Report on vaccination in the Province of Bengal - 1869-1873
Year: 1869
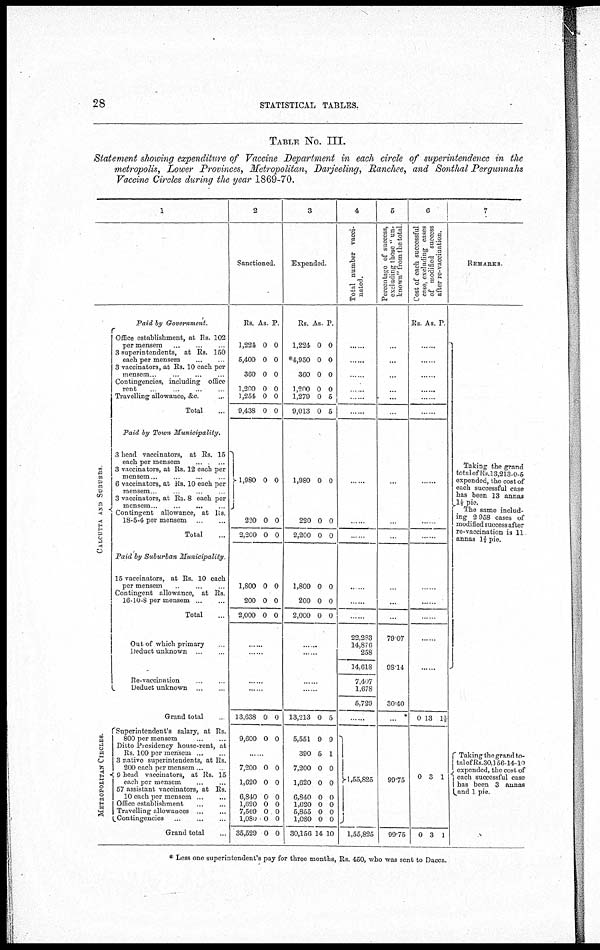
28
STATISTICAL TABLES.
TABLE No. III.
Statement showing expenditure of Vaccine Department in each circle of superintendence in the
metropolis, Lower Provinces, Metropolitan, Darjeeling, Ranchee, and Sonthal Pergunnahs
Vaccine Circles during the year 1869-70.
1
CALCUTTA AND SUBURBS
Paid by Government.
Office establishment, at Rs. 102
per mensem ... ... ...
3 superintendents, at Rs. 150
each per mensem ... ... ...
3 vaccinators, at Rs. 10 each per
mensem ... ... ... ...
Contingencies, including office
rent
...
...
...
...
Travelling allowance, &c. ...
Total ...
Paid by Town
Municipality.
3 head vaccinators, at Rs. 15
each per mensem ... ...
3 vaccinators, at Rs. 12 each per
mensem ... ... ... ...
6 vaccinators, at Rs. 10 each per
mensem ... ... ... ...
3 vaccinators, at Rs. 8 each per
mensem ... ... ... ...
Contingent allowance, at Rs
18-5-4 per mensem ... ...
Total ...
Paid by Suburban Municipality.
15 vaccinators, at Rs. 10 each
per mensem ... ... ...
Contingent allowance, at Rs.
16-10-8 per mensem
...
...
Total ...
Out of which primary ...
Deduct unknown ... ...
Re-vaccination ... ...
Deduct unknown ... ...
Grand total ...
METROPOLITAN CIRCLES.
Superintendent's salary, at Rs.
800 per mensem ... ...
Ditto Presidency house-rent, at
Rs 100 per mensem
...
...
3 native superintendents, at Rs.
200 each per mensem ... ...
9 head vaccinators, at Rs. 15
each per mensem ... ...
57 assistant vaccinators, at Rs.
10 each per mensem
...
...
Office establishment
...
...
Travelling allowances
...
...
Contingencies
...
...
...
Grand total ...
2
Sanctioned.
Rs.
1,224
5,400
360
1,200
1,254
9,438
As.
0
0
0
0
0
0
P.
0
0
0
0
0
0
1,980
220
2,200
0
0
0
0
0
0
1,800
200
2,000
0
0
0
0
0
0
......
......
......
......
13,638
9,600
0
0
0
0
...
7,200
1,620
6,840
1,620
7,569
1,080
35,529
0
0
0
0
0
0
0
0
0
0
0
0
0
0
3
Expended.
Rs.
1,224
*4,950
360
1,200
1,279
9,013
As.
0
0
0
0
0
0
P.
0
0
0
0
5
5
1,980
220
2,200
0
0
0
0
0
0
1,800
200
2,000
0
0
0
0
0
0
......
......
......
......
13,213
5,551
390
7,200
1,620
6,840
1,620
5,855
1,080
30,156
0
9
5
0
0
0
0
0
0
14
5
9
1
0
0
0
0
0
0
10
4
Total number vacci-
nated.
......
......
......
......
......
......
......
......
......
......
......
......
......
22,283
14,876
258
14,618
7,407
1,678
5,729
......
1,55,825
1,55,825
5
Percentage of success,
excluding those '' un-
known" from the total
...
...
...
...
...
...
...
...
...
...
...
...
...
79.07
98.14
30.40
...
99.75
99.75
6
Cost of each successful
case, excluding cases
of modified success
after re-vaccination.
Rs. As. P.
......
......
......
......
......
......
......
......
......
......
......
......
......
......
......
0
0
0
13
3
3
1½
1
1
7
REMARKS.
Taking the grand
total of Rs.13,213-0-5
expended, the cost of
each successful case
has been 13 annas
The same includ-
ing 2,958 cases of
modified success after
re-vaccination is 11
annas 1½pie.
Taking the grand to-
tal of Rs 30,156-14-10
expended, the cost of
each successful case
has been 3 annas
and 1 pie.
* Less one superintendent's pay for three months, Rs. 450, who was sent to Dacca.